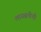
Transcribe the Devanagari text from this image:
लायब्रतीची